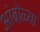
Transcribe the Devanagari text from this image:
आंबोळ्या